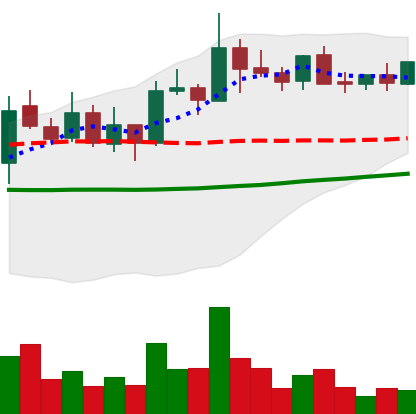
Ticker: XLM-USD
Chart end date: 2021-10-25
Forward return: -7.288%
Label: down_7plus